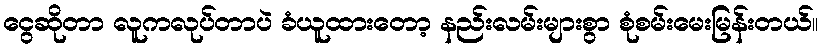
ငွေဆိုတာ လူကလုပ်တာပဲ ခံယူထားတော့ နည်းလမ်းများစွာ စုံစမ်းမေးမြန်းတယ်။